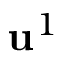
{ \bf u } ^ { 1 }